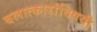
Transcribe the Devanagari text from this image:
बलात्कारांविषयी